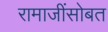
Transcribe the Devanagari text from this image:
रामाजींसोबत